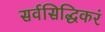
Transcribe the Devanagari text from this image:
सर्वसिद्धिकरं